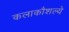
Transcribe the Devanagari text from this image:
कलाकौशल्ये